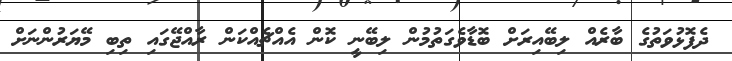
ދެފޮޅުވަތުގެ ބާރެއް ލިބޭއިރަށް ބޮޑާވެގަތުމުން ލިބޭނީ ކޮން އެއްޗެއްކަން ރާއްޖޭގައި ތިބި މޭޔަރުންނަށް